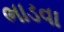
ભાડવા